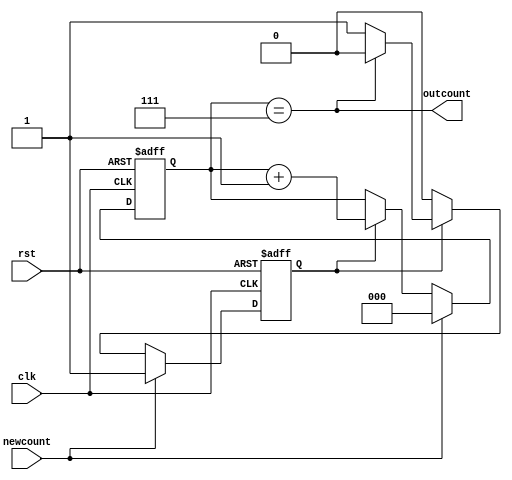

`timescale 1ns/1ns

module counter(clk, rst, newcount, outcount);
    input clk;
    input rst;
    input newcount;
    output outcount;
    
    reg en;
    
    reg[2:0] counter;
    
    assign outcount = (counter == 3'b111);
    
    always @(posedge clk or negedge rst) begin
        if(!rst) begin
            counter <=3'b000;
            en<=1'b0;
        end
        else 
            if(newcount) begin
                counter <=3'b000;
                en <= 1'b1;
            end
            else
                if(en) begin
                    counter <= counter + 3'b001;
                    if(counter == 3'b111) begin
                        en <= 1'b0;
                    end
                end
                else 
                    counter <= counter;
    end
    
endmodule